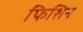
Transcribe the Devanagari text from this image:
फिशिन